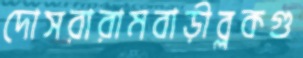
দোসরারামবাড়ীব্লকগু